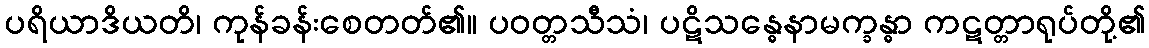
ပရိယာဒိယတိ၊ ကုန်ခန်းစေတတ်၏။ ပဝတ္တသီသံ၊ ပဋိသန္ဓေနာမက္ခန္ဓာ ကဋတ္တာရုပ်တို့၏